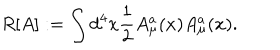
LaTeX: R [ A ] : = \int d ^ { 4 } x { \frac { 1 } { 2 } } A _ { \mu } ^ { a } ( x ) A _ { \mu } ^ { a } ( x ) .